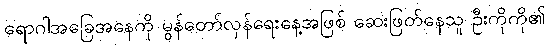
ရောဂါအခြေအနေကို မွန်တော်လှန်ရေးနေ့အဖြစ် ဆေးဖြတ်နေသူ ဦးကိုကို၏